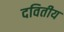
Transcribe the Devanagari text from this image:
दवितीय